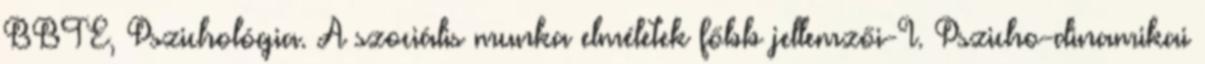
BBTE, Pszichológia. A szociális munka elméletek főbb jellemzői-I. Pszicho-dinamikai